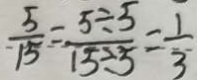
\frac { 5 } { 1 5 } = \frac { 5 \div 5 } { 1 5 \div 5 } = \frac { 1 } { 3 }